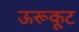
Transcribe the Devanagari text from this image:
ऊरूकूट